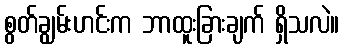
စွတ်ချွမ်းဟင်းက ဘာထူးခြားချက် ရှိသလဲ။